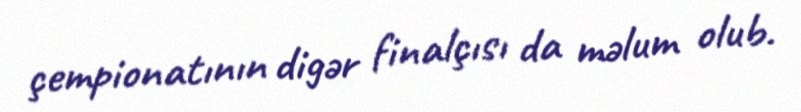
çempionatının digər finalçısı da məlum olub.